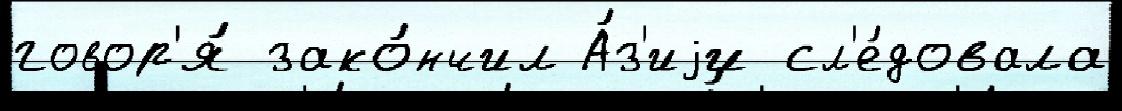
говор'я́ зако́нчил А́з'иjи сл'е́довала